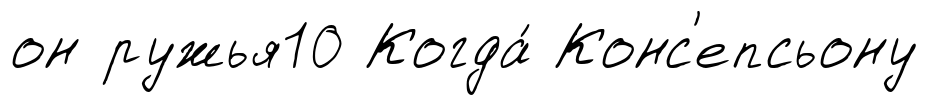
он ружья10 Когда́ Конс'епсьону